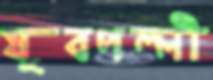
যুবপল্লী